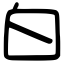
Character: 白